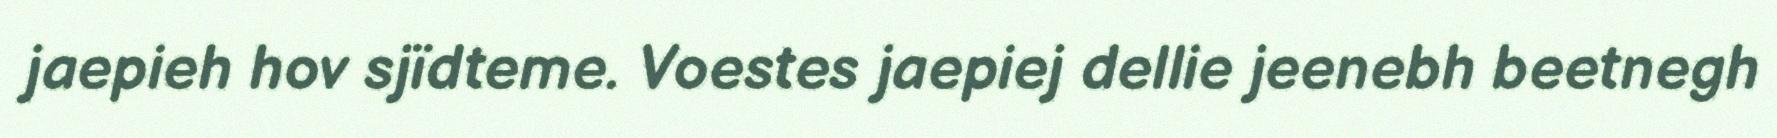
jaepieh hov sjïdteme. Voestes jaepiej dellie jeenebh beetnegh